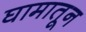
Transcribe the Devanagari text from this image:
घामातून